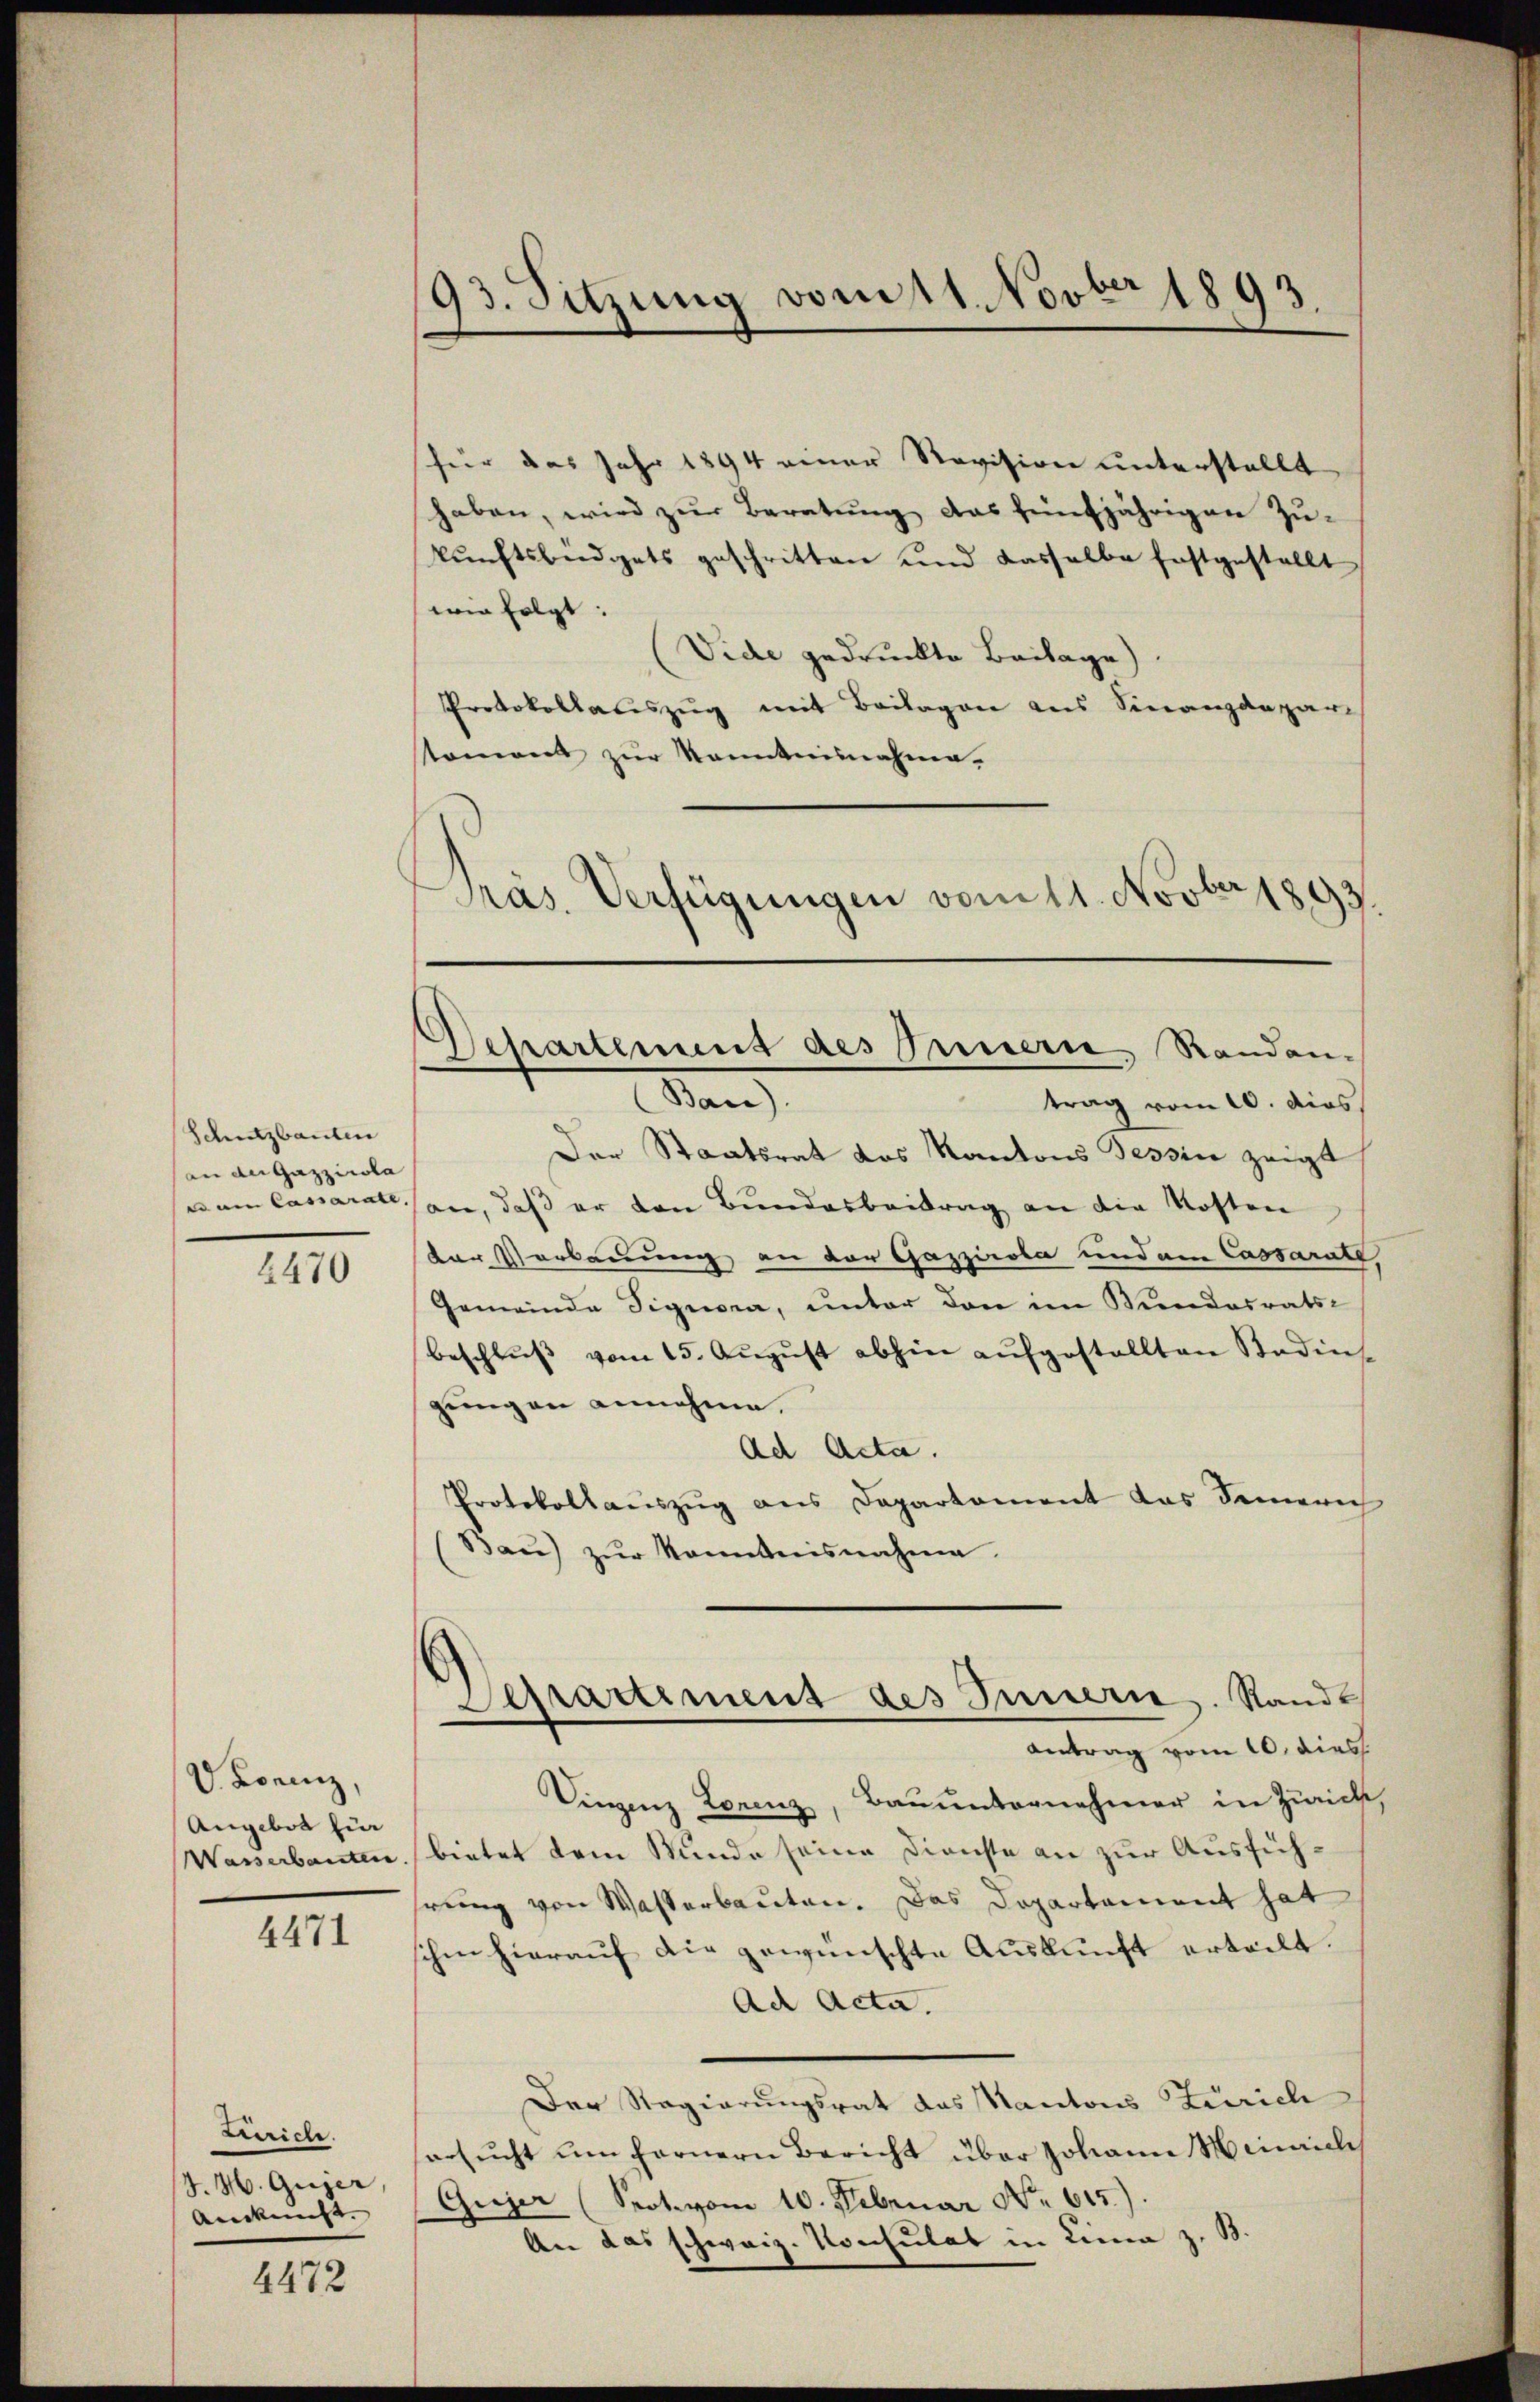
Schutzbauten
an der Gazzicola |
denen Cassarate. |

2470

V. Lorenz,
Angebot für
Wasserbanten.

4471

Zürich.
J. H. Gujer,
Ankunft. |

4472

93. Sitzung vom 11. Novber 1893.

für das Jahr 1894 einer Revision unterstellt
haben, wird zur Beratung das fünfjährigen Zukŭnftsbüdgets geschritten und dasselbe festgestellt
wie folgt:
(Vide gedruckte Beilage).
Protokollauszug mit Beilagen aus Finanzdepar
stament zur Kenntnisnahme.
Präs. Verfügungen vom 11. Novber 1893.

d
Departement des Innerie Randan-
Bau).
trag vom 10. dies

Der Staatsrat des Kantons Tessin zeigt
an, daß er den Bundesbeitrag an die Kosten
dor Verbauung an der Gazziola und am Cassarat,
Gemeinde Signora, unter den im Mundesrats-
beschlŭβ vom 15. Aŭgŭst abhin aŭfgestellten Badens
gungen annehme.
Ad Acta.
Protokollauszug aus Departement das Seinern
Baŭ) zŭr Kenntnisnahme.
Separtiment des Innern. Standt
Antrag vom 10. dies
Vingenz Lorenz, Bauunternehmer in Zürick,
bietet dem Wunde seine Dienste an zur Ausführung von Wasserbauten. Das Departement hat
schen hierauf die gewünschte Auskunft erteilt.
Ad Acta.
Der Regierungsrat das Kantons Zürich
ersŭcht um fernern Bericht über Johann Hinsich
Gujer (Prote vom 10. Februar No. 615.)
Aer das schweiz. Konsulat in Lina z. B.